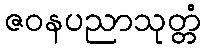
ဇဝနပညာသုတ္တံ